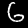
Label: 6